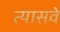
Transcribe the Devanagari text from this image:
त्यासवे